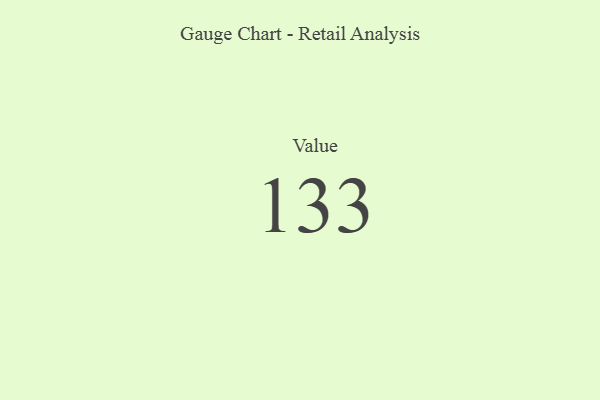
{"axis": {"x": "Metric", "y": "Value"}, "legend": [""], "data": [{"x": "Value", "y": 133, "type": ""}]}